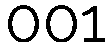
001